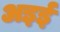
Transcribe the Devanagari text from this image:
अइई